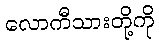
လောကီသားတို့ကို